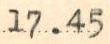
17.45